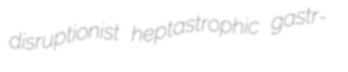
disruptionist heptastrophic gastr-